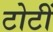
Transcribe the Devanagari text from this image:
टोटीं